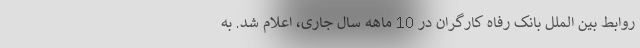
روابط بین الملل بانک رفاه کارگران در 10 ماهه سال جاری، اعلام شد. به